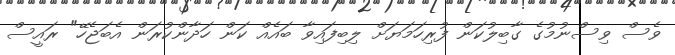
ވެސް ވިސްނުމުގެ ގާބިލުކަން ފުރިހަމަޔަށް ލިބިފައިވާ ބައެއް ކަން ހަދާންކުރަން އެބަޖެހޭ" ރައީސް